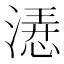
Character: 𣼰